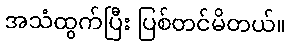
အသံထွက်ပြီး ပြစ်တင်မိတယ်။